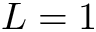
L = 1